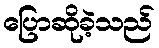
ပြောဆိုခဲ့သည်